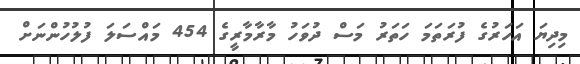
މިދިޔަ އަހަރުގެ ފުރަތަމަ ހަތަރު މަސް ދުވަހު މާރާމާރީގެ 454 މައްސަލަ ފުލުހުންނަށް